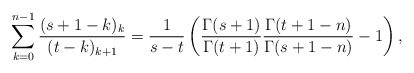
\begin{align*}\sum_{k=0}^{n-1} \frac{(s+1-k)_k}{(t-k)_{k+1}}= \frac{1}{s-t} \left(\frac{\Gamma(s+1)}{\Gamma(t+1)} \frac{\Gamma(t+1-n)}{\Gamma(s+1-n)} - 1 \right),\end{align*}